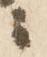
ニ